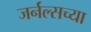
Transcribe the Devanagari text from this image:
जर्नल्सच्या